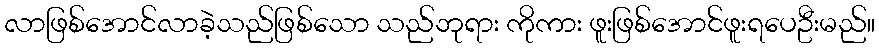
လာဖြစ်အောင်လာခဲ့သည်ဖြစ်သော သည်ဘုရား ကိုကား ဖူးဖြစ်အောင်ဖူးရပေဦးမည်။